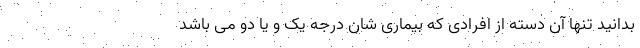
بدانید تنها آن دسته از افرادی که بیماری شان درجه یک و یا دو می باشد